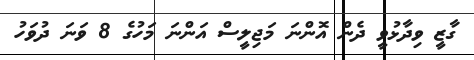
ގާޒީ ވިދާޅުވީ ދެން އޮންނަ މަޖިލީސް އަންނަ މަހުގެ 8 ވަނަ ދުވަހު